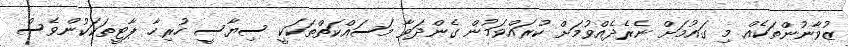
ޒުވާނުންތަކެއް މި ގައުމަށް ނެރެދެއްވުމަށް ކުރައްވަމުން ގެންދަވާ މަސައްކަތްތަކަކީ ސިޔާސީ ހުރިހާ ޕާޓީތަކަކުންވެސް